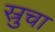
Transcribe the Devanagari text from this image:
स्रुचा